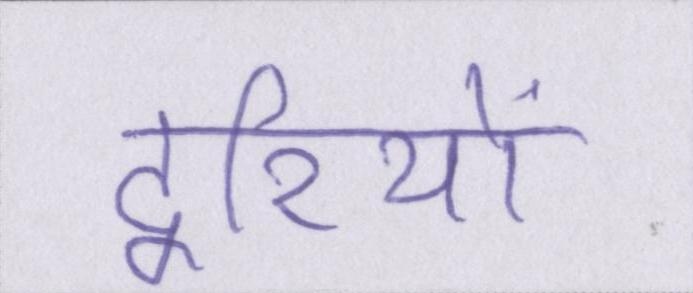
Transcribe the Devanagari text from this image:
दूरियों